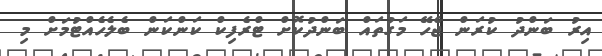
އިރު ބަންދު ކުރަން ޖެހޭ މަގުތައް ބަންދުކޮށް ޓްރެފިކް ކަންކަން ބެލެހެއްޓުމަށް މި